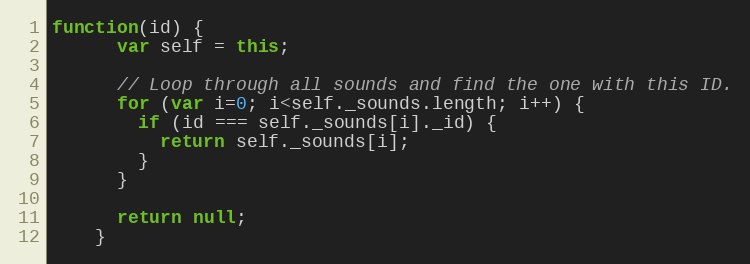
Language: JavaScript
function(id) {
      var self = this;

      // Loop through all sounds and find the one with this ID.
      for (var i=0; i<self._sounds.length; i++) {
        if (id === self._sounds[i]._id) {
          return self._sounds[i];
        }
      }

      return null;
    }